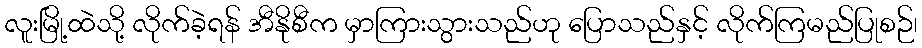
လူးမြို့ထဲသို့ လိုက်ခဲ့ရန် အီနိုစီက မှာကြားသွားသည်ဟု ပြောသည်နှင့် လိုက်ကြမည်ပြုစဉ်၊